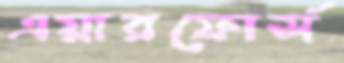
এয়ারফোর্স